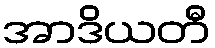
အာဒိယတီ